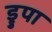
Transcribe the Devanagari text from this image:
ड्रुपा